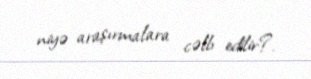
niyə araşırmalara cəlb edilir?.